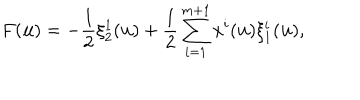
F ( { \bf u } ) = - \frac { 1 } { 2 } \xi _ { 2 } ^ { 1 } ( { \bf u } ) + \frac { 1 } { 2 } \sum _ { i = 1 } ^ { m + 1 } x ^ { i } ( { \bf u } ) \xi _ { 1 } ^ { i } ( { \bf u } ) ,